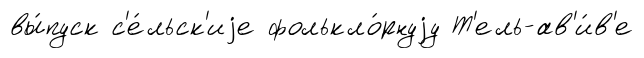
вы́пуск с'е́льск'иjе фолькло́рнуjу Т'ель-ав'и́в'е